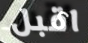
اقبل